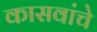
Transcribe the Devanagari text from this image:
कासवांचे